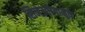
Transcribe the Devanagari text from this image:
सिनेउद्योगामुळे